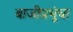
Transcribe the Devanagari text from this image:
बाजीप्रभूंचा